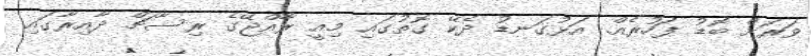
ވަރަށް ބޮޑު ފަހުރެއް. އަޅުގަނޑު ދެކޭ ގޮތުގައި މިއީ ރާއްޖޭގެ ރިސާޗް ދާއިރާގައި